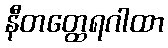
နီတတ္ထေရဂါထာ